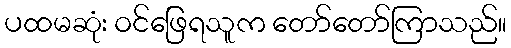
ပထမဆုံး ဝင်ဖြေရသူက တော်တော်ကြာသည်။